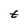
Character: t